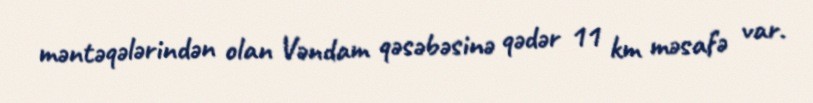
məntəqələrindən olan Vəndam qəsəbəsinə qədər 11 km məsafə var.